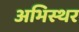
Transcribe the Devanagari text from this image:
अभिस्थर